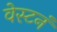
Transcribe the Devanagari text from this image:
वेस्टनं